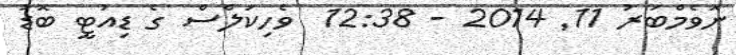
ނޮވެމްބަރު 11